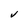
Character: v